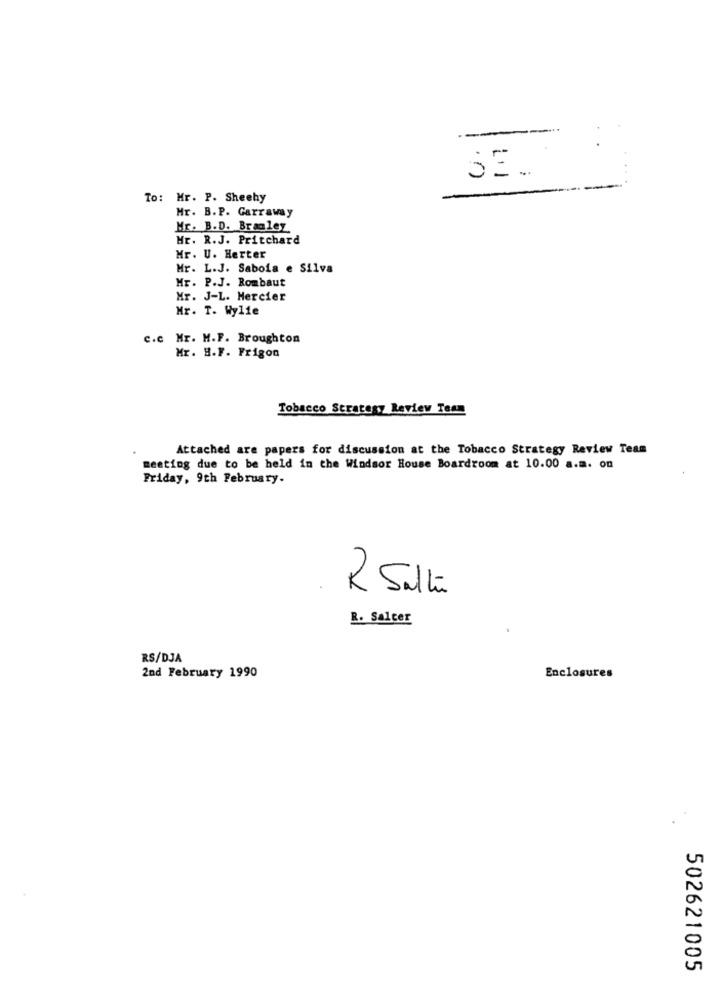
.r
To: Mr. P. Sheehy
Mr. B.P. Garraway
Mr. B.D. Bramley
Mr. R.J. Pritchard
Mr. U. Herter
Mr. L.J. Saboia e Silva
Mr. P.J. Rombaut
Mr. J-L. Mercier
Mr. T. Wylie
c.c Mr. M.F. Broughton
Mr. H.F. Frigon
Tobacco Strategy Review Team
Attached are papers for discussion at the Tobacco Strategy Review Team
meeting due to be held in the Windsor House Boardroom at 10.00 a.m. on
Friday, 9th February.
2 Salt
R. Salter
RS/DJA
2nd February 1990
Enclosures
502621005